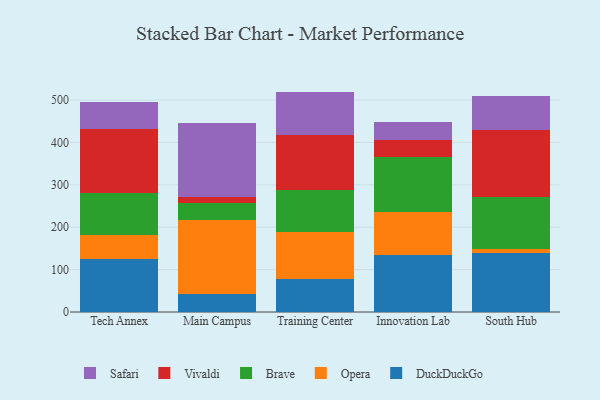
{"axis": {"x": "Campus", "y": "Temperature (°C)"}, "legend": ["Brave", "DuckDuckGo", "Opera", "Safari", "Vivaldi"], "data": [{"x": "Tech Annex", "y": 125.0, "type": "DuckDuckGo"}, {"x": "Tech Annex", "y": 55.7, "type": "Opera"}, {"x": "Tech Annex", "y": 100.4, "type": "Brave"}, {"x": "Tech Annex", "y": 150.9, "type": "Vivaldi"}, {"x": "Tech Annex", "y": 63.8, "type": "Safari"}, {"x": "Main Campus", "y": 42.6, "type": "DuckDuckGo"}, {"x": "Main Campus", "y": 173.6, "type": "Opera"}, {"x": "Main Campus", "y": 40.9, "type": "Brave"}, {"x": "Main Campus", "y": 15.2, "type": "Vivaldi"}, {"x": "Main Campus", "y": 172.5, "type": "Safari"}, {"x": "Training Center", "y": 79.0, "type": "DuckDuckGo"}, {"x": "Training Center", "y": 110.7, "type": "Opera"}, {"x": "Training Center", "y": 99.2, "type": "Brave"}, {"x": "Training Center", "y": 127.8, "type": "Vivaldi"}, {"x": "Training Center", "y": 103.2, "type": "Safari"}, {"x": "Innovation Lab", "y": 133.8, "type": "DuckDuckGo"}, {"x": "Innovation Lab", "y": 103.2, "type": "Opera"}, {"x": "Innovation Lab", "y": 128.6, "type": "Brave"}, {"x": "Innovation Lab", "y": 40.4, "type": "Vivaldi"}, {"x": "Innovation Lab", "y": 42.4, "type": "Safari"}, {"x": "South Hub", "y": 139.6, "type": "DuckDuckGo"}, {"x": "South Hub", "y": 10.2, "type": "Opera"}, {"x": "South Hub", "y": 121.5, "type": "Brave"}, {"x": "South Hub", "y": 158.4, "type": "Vivaldi"}, {"x": "South Hub", "y": 79.3, "type": "Safari"}]}